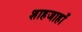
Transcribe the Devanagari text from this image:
शाहजाहाँ